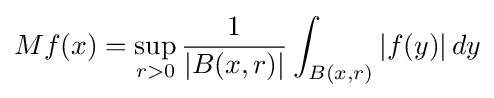
Mf(x)=\sup _{r>0}{\frac {1}{|B(x,r)|}}\int _{B(x,r)}|f(y)|\,dy